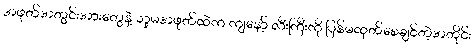
အဖုတ်အတွင်းအားတွေနဲ့ သူမအဖုတ်ထဲက ကျနော့် လီးကြီးကို ပြန်မထုတ်စေချင်တဲ့အတိုင်း